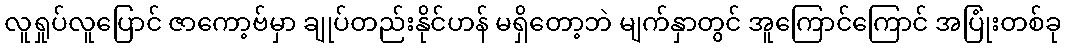
လူရှုပ်လူပြောင် ဇာကော့ဗ်မှာ ချုပ်တည်းနိုင်ဟန် မရှိတော့ဘဲ မျက်နှာတွင် အူကြောင်ကြောင် အပြုံးတစ်ခု